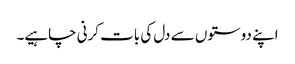
اپنے دوستوں سے دل کی بات کرنی چاہیے۔